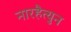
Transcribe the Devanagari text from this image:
नारहैत्युन